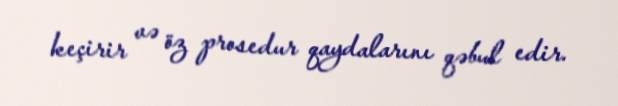
keçirir və öz prosedur qaydalarını qəbul edir.